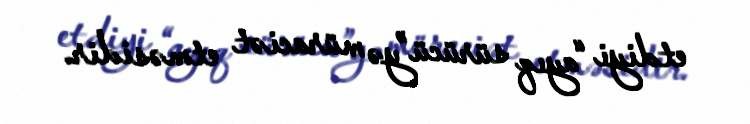
etdiyi “ayıq sürücü”yə müraciət etməsidir.